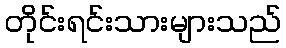
တိုင်းရင်းသားများသည်